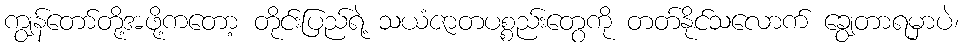
ကျွန်တော်တို့အဖို့ကတော့ တိုင်းပြည်ရဲ့ သယံဇာတပစ္စည်းတွေကို တတ်နိုင်သလောက် ချွေတာရမှာပဲ၊